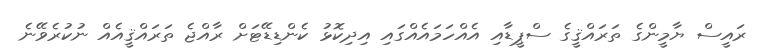
ރައީސް ޔާމީންގެ ތަރައްޤީގެ ސްޕީޑާއި އެއްހަމައެއްގައި އިދިކޮޅު ކެންޑިޑޭޓަށް ރާއްޖެ ތަރައްޤީއެއް ނުކުރެވޭނެ